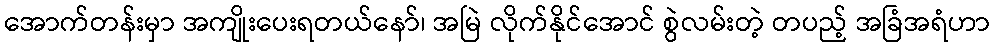
အောက်တန်းမှာ အကျိုးပေးရတယ်နော်၊ အမြဲ လိုက်နိုင်အောင် စွဲလမ်းတဲ့ တပည့် အခြံအရံဟာ